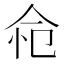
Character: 𢘔